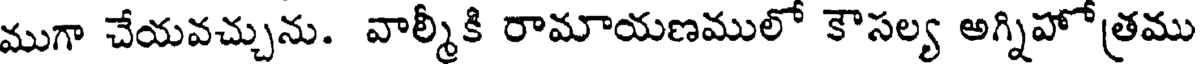
ముగా చేయవచ్చును. వాల్మీకి రామాయణములో కౌసల్య అగ్నిహోత్రము